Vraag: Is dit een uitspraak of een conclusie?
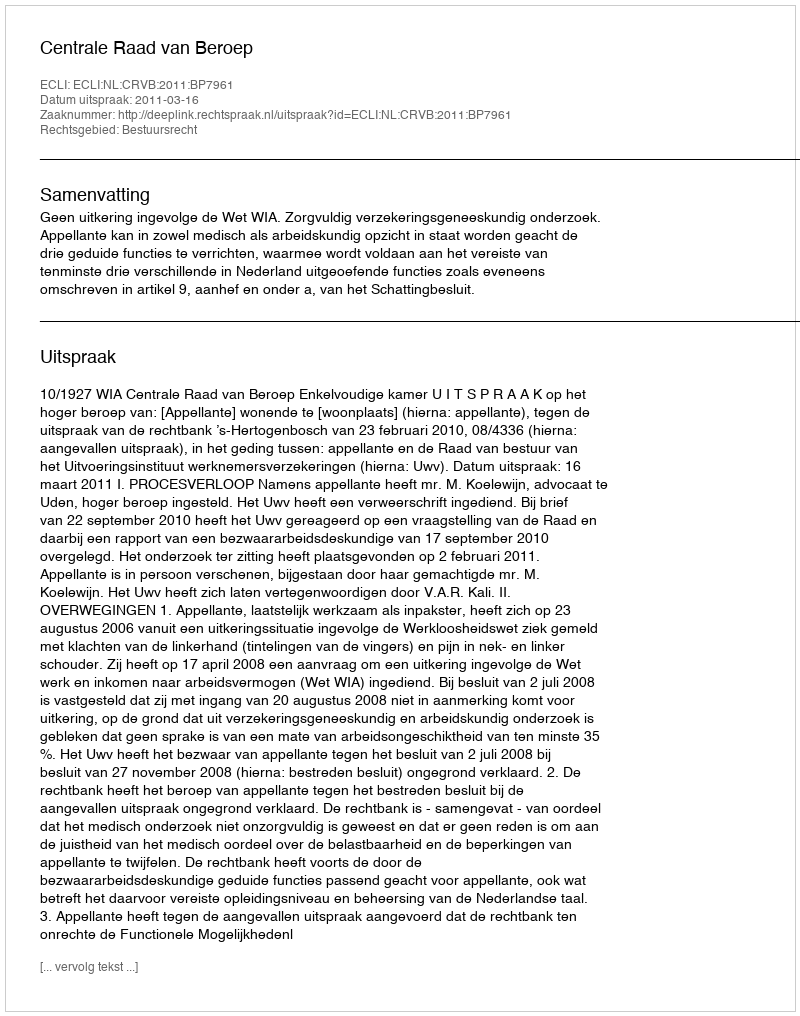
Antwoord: Uitspraak